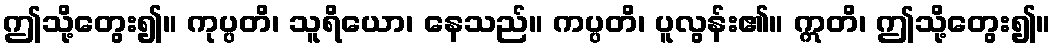
ဤသို့တွေး၍။ ကုပ္ပတိ၊ သူရိယော၊ နေသည်။ ကပ္ပတိ၊ ပူလွန်း၏။ ဣတိ၊ ဤသို့တွေး၍။